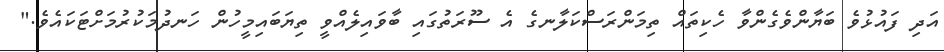
އަދި ފައުޅުވެ ބަޔާންވެގެންވާ ހެކިތައް ތިމަންރަސްކަލާނގެ އެ ސޫރަތުގައި ބާވައިލެއްވީ ތިޔަބައިމީހުން ހަނދުމަކުރުމަށްޓަކައެވެ."